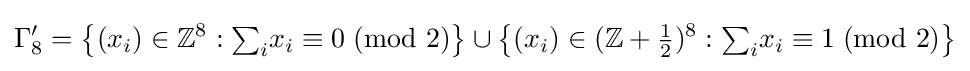
\Gamma _{8}'=\left\{(x_{i})\in \mathbb {Z} ^{8}:{{\textstyle \sum _{i}}x_{i}}\equiv 0\;({\mbox{mod }}2)\right\}\cup \left\{(x_{i})\in (\mathbb {Z} +{\tfrac {1}{2}})^{8}:{{\textstyle \sum _{i}}x_{i}}\equiv 1\;({\mbox{mod }}2)\right\}